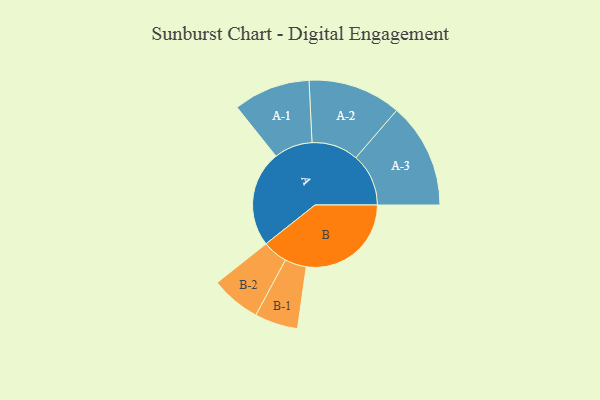
{"axis": {"x": "Segment", "y": "Value"}, "legend": ["", "A", "B"], "data": [{"x": "A", "y": 458, "type": ""}, {"x": "B", "y": 500, "type": ""}, {"x": "A-1", "y": 183, "type": "A"}, {"x": "A-2", "y": 222, "type": "A"}, {"x": "A-3", "y": 251, "type": "A"}, {"x": "B-1", "y": 103, "type": "B"}, {"x": "B-2", "y": 119, "type": "B"}]}